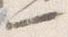
一